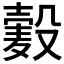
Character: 𱋞